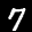
Label: 7